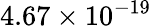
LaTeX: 4.67\times 10^{-19}